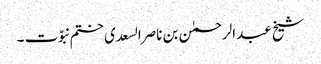
شیخ عبدالرحمٰن بن ناصرالسعدی ختم نبوّت ۔